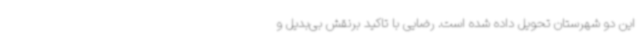
این دو شهرستان تحویل داده شده است. رضایی با تاکید برنقش بی‌بدیل و